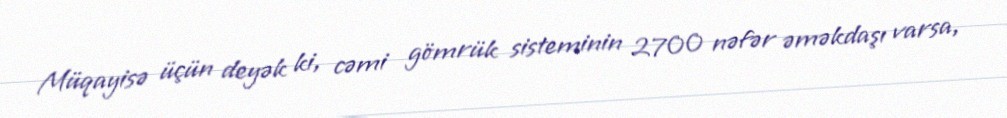
Müqayisə üçün deyək ki, cəmi gömrük sisteminin 2700 nəfər əməkdaşı varsa,